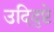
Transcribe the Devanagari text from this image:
उदिद्ष्टे